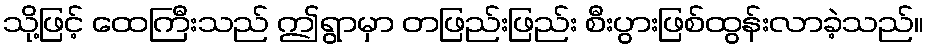
သို့ဖြင့် ထေကြီးသည် ဤရွာမှာ တဖြည်းဖြည်း စီးပွားဖြစ်ထွန်းလာခဲ့သည်။